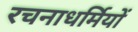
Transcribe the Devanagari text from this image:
रचनाधर्मियों